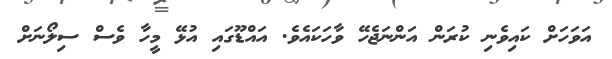
އަވަހަށް ކައިވެނި ކުރަން އަންނަޖެހޭ ވާހަކައެވެ. އައްޑޫގައި އުޅޭ މީހާ ވެސް ސިލޯނަށް